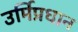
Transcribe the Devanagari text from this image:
उर्मिप्रधान